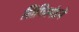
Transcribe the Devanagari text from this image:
सिगिस्मंडने